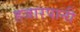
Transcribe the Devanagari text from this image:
हजारपानी